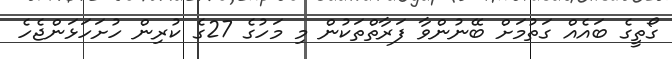
ގޯތީގެ ބައެއް ގަތުމަށް ބޭނުންވާ ފަރާތްތަކުން މި މަހުގެ 27ގެ ކުރިން ހުށަހަޅަންޖެހެ